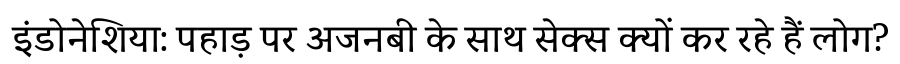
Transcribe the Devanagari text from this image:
इंडोनेशिया: पहाड़ पर अजनबी के साथ सेक्स क्यों कर रहे हैं लोग?